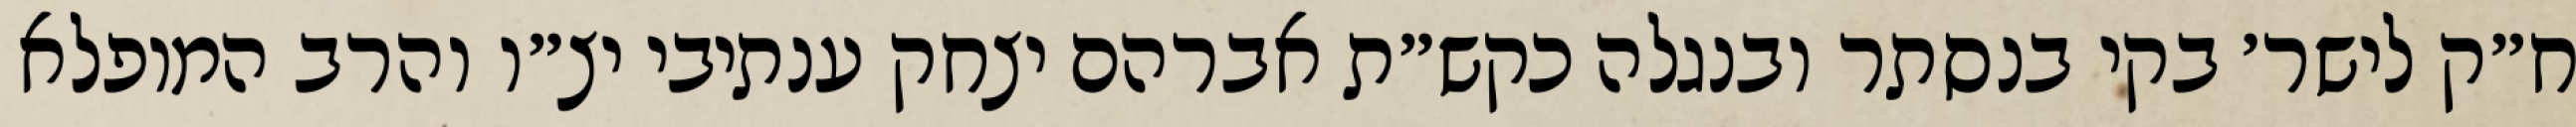
ח״ק לישר׳ בקי בנסתר ובנגלה כקש״ת אברהם יצחק ענתיבי יצ״ו והרב המופלא